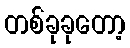
တစ်ခုခုတော့